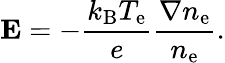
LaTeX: \mathbf{E}=-{\frac{k_{\mathrm{B}}T_{\mathrm{e}}}{e}}{\frac{\nabla n_{\mathrm{e}}}{n_{\mathrm{e}}}}.